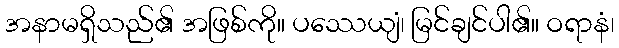
အနာမရှိသည်၏ အဖြစ်ကို။ ပဿေယျံ၊ မြင်ချင်ပါ၏။ ဝရာနံ၊